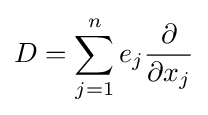
D=\sum _{j=1}^{n}e_{j}{\frac {\partial }{\partial x_{j}}}